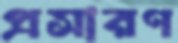
প্রসারণ